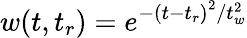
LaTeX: w(t,t_{r})=e^{-\left(t-t_{r}\right)^{2}/t_{w}^{2}}